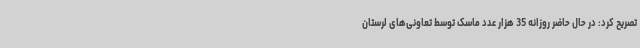
تصریح کرد: در حال حاضر روزانه 35 هزار عدد ماسک توسط تعاونی‌های لرستان